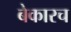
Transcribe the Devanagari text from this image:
बेकारच